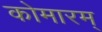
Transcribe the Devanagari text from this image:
कोमारम्